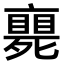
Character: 𠆚